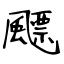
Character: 飃